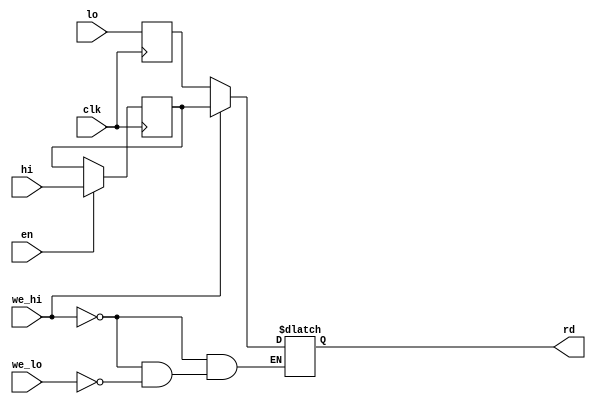
module hilo_reg(
        input  wire        clk,
        input  wire        we_hi,
        input  wire        we_lo,
        input  wire        en,
        input  wire [31:0] hi,
        input  wire [31:0] lo,
        output reg [31:0] rd
    );

    reg [31:0] inter_hi;
    reg [31:0] inter_lo;
            
    always@ (posedge clk) begin
        if(en)
        inter_hi <= hi;
        inter_lo <= lo;
    end
    
    always @ (*) begin
        if (we_hi) begin 
            rd = inter_hi;
        end else if (we_lo) begin
            rd = inter_lo;
        end          
    end
endmodule